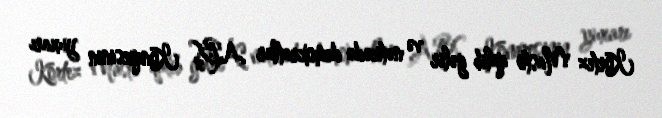
Kortez Masto qalib gəlir və nəticədə demokratlar ABŞ Konqresinin yuxarı